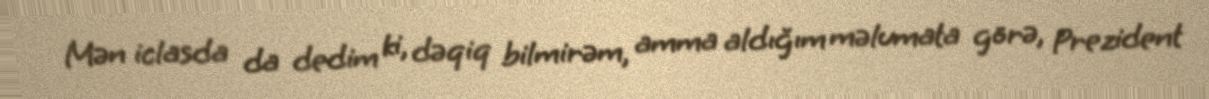
Mən iclasda da dedim ki, dəqiq bilmirəm, amma aldığım məlumata görə, Prezident